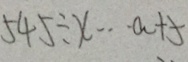
5 4 5 \div x \cdots a + 5